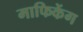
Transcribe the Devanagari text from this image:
माफिकेंग